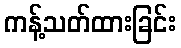
ကန့်သတ်ထားခြင်း